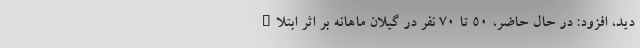
دید، افزود: در حال حاضر، ۵۰ تا ۷۰ نفر در گیلان ماهانه بر اثر ابتلاء